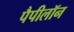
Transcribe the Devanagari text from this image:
पैपीलॉन